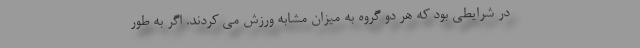
در شرایطی بود که هر دو گروه به میزان مشابه ورزش می کردند. اگر به طور